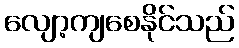
လျော့ကျစေနိုင်သည်